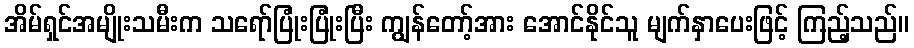
အိမ်ရှင်အမျိုးသမီးက သရော်ပြုံးပြုံးပြီး ကျွန်တော့်အား အောင်နိုင်သူ မျက်နှာပေးဖြင့် ကြည့်သည်။